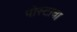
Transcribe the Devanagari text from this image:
पोस्टाचा